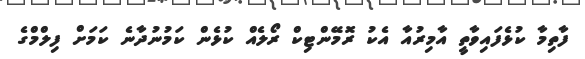
ފާތިމާ ކުޅެފައިވާތީ އާމިރުއާ އެކު ރޮމޭންޓިކް ރޯލެއް ކުޅެން ކަމުނުދާނެ ކަމަށް ފިލްމްގެ